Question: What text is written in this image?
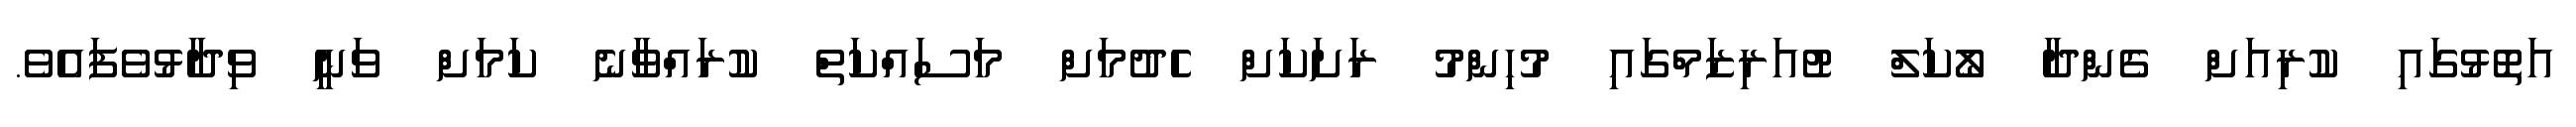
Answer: އަތޮޅުގައި ކުރިއަށް ގެންދާ ލޯކަލް ޓުއަރިޒަމްގައި މުހިންމު ރަށަކަށް ހެދުމަށް މަސައްކަތް ކުރައްވާނެ ކަމަށް ވަނީ ވިދާޅުވެފައެވެ.